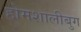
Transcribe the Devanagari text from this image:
होमशालीबुग